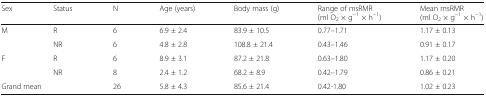
<table><thead><tr><td><b>Sex</b></td><td><b>Status</b></td><td><b>N</b></td><td><b>Age (years)</b></td><td><b>Body mass (g)</b></td><td><b>Range of msRMR (ml O<sub>2</sub> × g<sup>−1</sup> × h<sup>−1</sup>)</b></td><td><b>Mean msRMR (ml O<sub>2</sub> × g<sup>−1</sup> × h<sup>−1</sup>)</b></td></tr></thead><tbody><tr><td>M</td><td>R</td><td>6</td><td>6.9 ± 2.4</td><td>83.9 ± 10.5</td><td>0.77–1.71</td><td>1.17 ± 0.13</td></tr><tr><td></td><td>NR</td><td>6</td><td>4.8 ± 2.8</td><td>108.8 ± 21.4</td><td>0.43–1.46</td><td>0.91 ± 0.17</td></tr><tr><td>F</td><td>R</td><td>6</td><td>8.9 ± 3.1</td><td>87.2 ± 21.8</td><td>0.63–1.80</td><td>1.17 ± 0.20</td></tr><tr><td></td><td>NR</td><td>8</td><td>2.4 ± 1.2</td><td>68.2 ± 8.9</td><td>0.42–1.79</td><td>0.86 ± 0.21</td></tr><tr><td colspan="2">Grand mean</td><td>26</td><td>5.8 ± 4.3</td><td>85.6 ± 21.4</td><td>0.42-1.80</td><td>1.02 ± 0.23</td></tr></tbody></table>